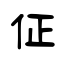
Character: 佂